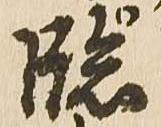
臨